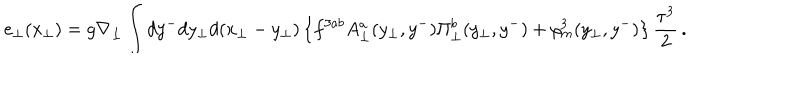
e _ { \bot } ( x _ { \bot } ) = g \nabla _ { \bot } \int d y ^ { - } d y _ { \bot } d ( x _ { \bot } - y _ { \bot } ) \left\{ f ^ { 3 a b } A _ { \bot } ^ { a } ( y _ { \bot } , y ^ { - } ) \Pi _ { \bot } ^ { b } ( y _ { \bot } , y ^ { - } ) + \rho _ { m } ^ { 3 } ( y _ { \bot } , y ^ { - } ) \right\} \frac { \tau ^ { 3 } } { 2 } \, .